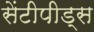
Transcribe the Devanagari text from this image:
सेंटीपीड्स